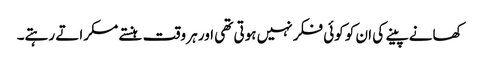
کھانے پینے کی ان کو کوئی فکر نہیں ہوتی تھی اور ہر وقت ہنستے مسکراتے رہتے۔